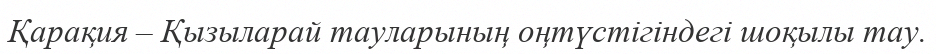
Қарақия – Қызыларай тауларының оңтүстігіндегі шоқылы тау.